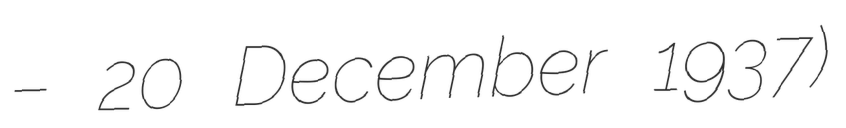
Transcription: – 20 December 1937)